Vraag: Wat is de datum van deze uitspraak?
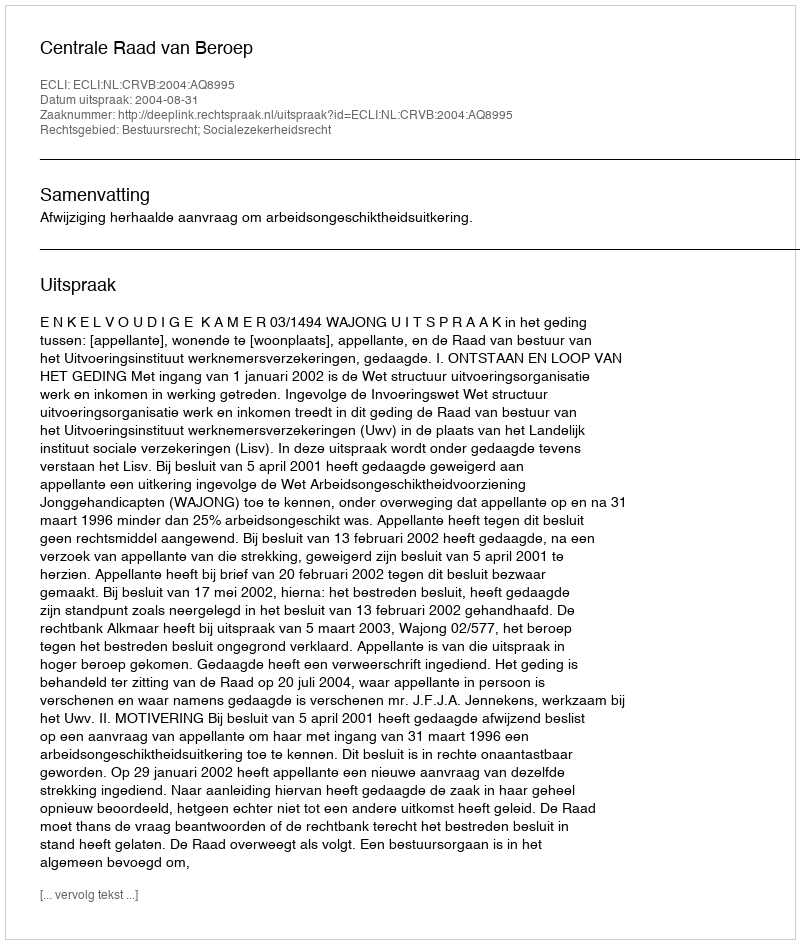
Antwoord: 2004-08-31